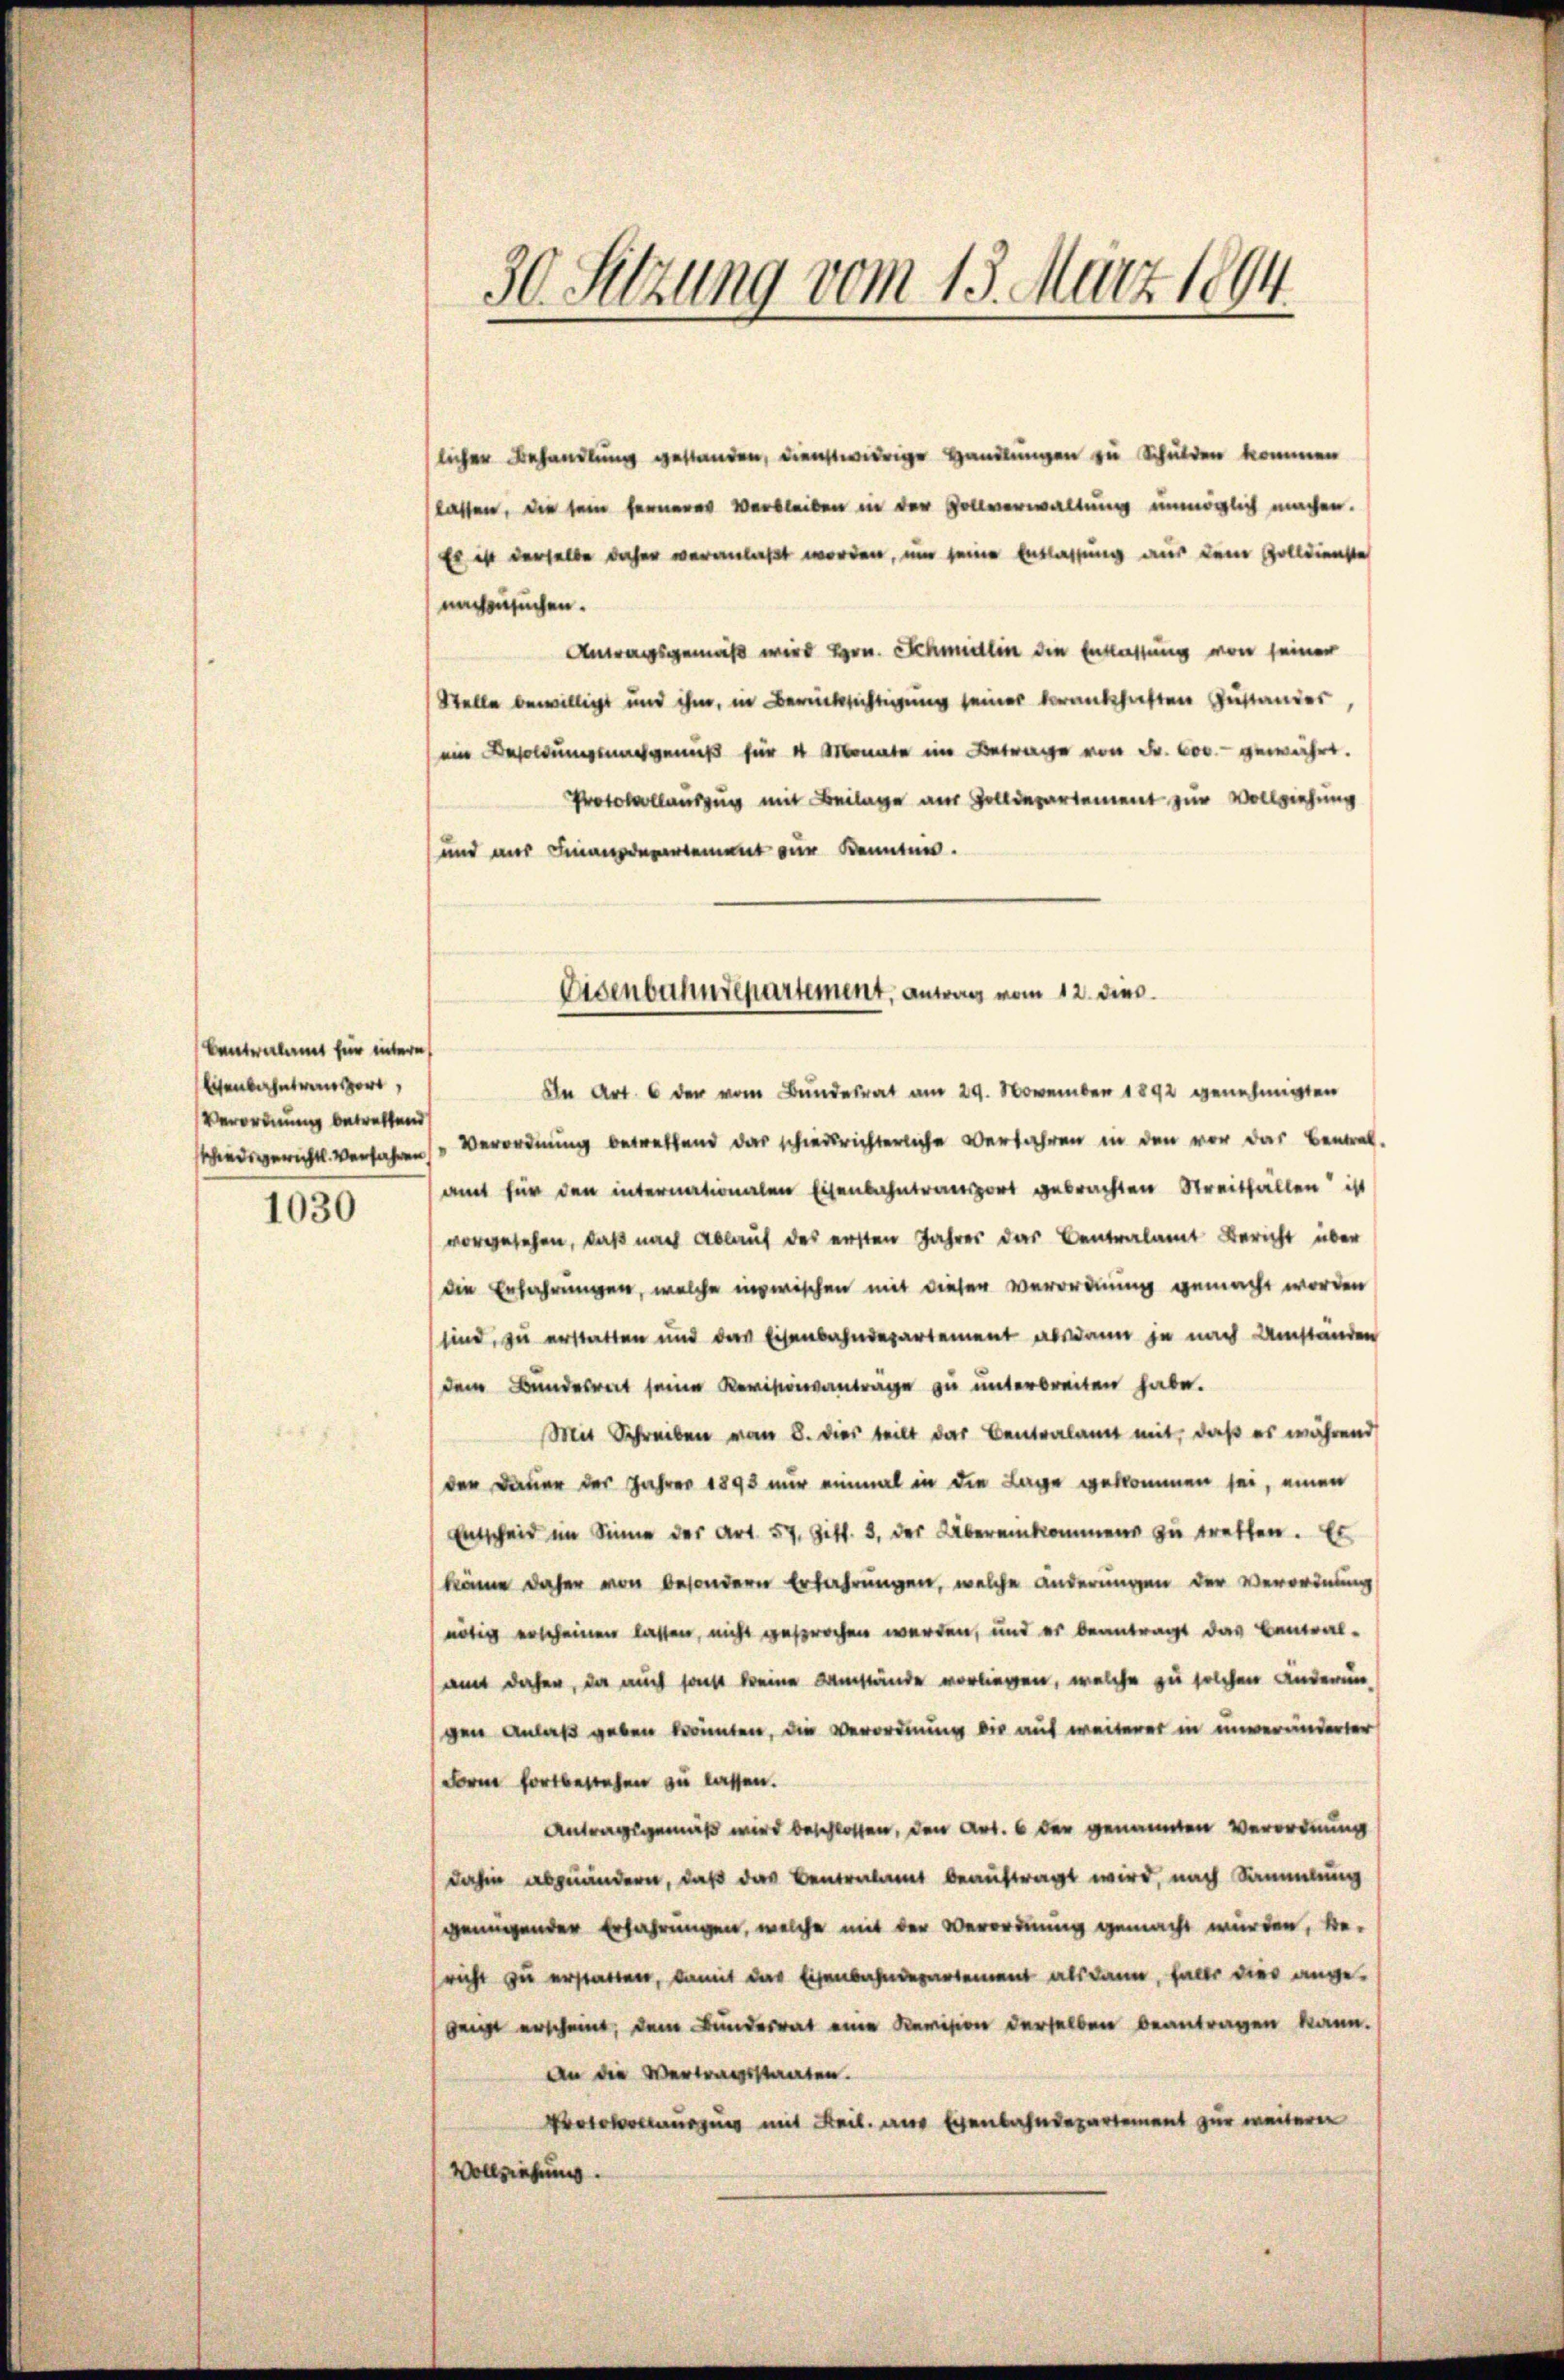
Centralamt für intern
Eisenbahntransport,
Verordnung betreffend
schiedsgerichtl. Verfahren

1030

30. Sitzung vom 13. März 1894.

licher Behandlung gestanden, dienstwidrige Handlungen zu Schulden kommen
lassen, die sein ferneres Verbleiben in der Zollverwaltung unmöglich machen.
Es ist derselbe daher veranlaßt worden, um seine Entlassung aus dem Golldienste
nachzusuchen.
Antragsgemäß wird Hrn. Schmidlin die Entlassung von seiner
Stelle bewilligt und ihm, in Berücksichtigung seiner veranschaften Zustander
ein Besoldung nachgenuß für 4 Monate im Betrage von Fr. 600.- gewährt.
Protokollauszug mit Beilage aus Zolldepartement zur Vollziehung
und aus Finanzdepartement zur Kennten.

Eisenbahndepartement, antag vom 12. dies

In Art. 6 der vom Bundesrat am 29. November 1892 genehmigten
Verordnung betreffend das schiedsrichterliche Verfahren in den vor das Beneral-
amt für den internationalen Eisenbahntransport gebrachten Streitfällen ist
vorgesehen, daß nach Ablauf des ersten Jahres das Centralamt Bericht über
die Erfahrungen, welche inzwischen mit dieser Verordnung gemacht worden,
sind, zu erstatten und das Eisenbahndepartement alsdann ja nach Umständen
dem Bundesrat seine Revisionsantrage zu unterbreiten habe.
Mit Schreiben vom 8. dies teilt das Centralamt mit, daß es während
der Dauer der Jahres 1893 nur einmal in die Lage gekommen sei, einen
Entscheid im Sinne der Art. 57. Ziff. 3. der Übereinkommens zu treffen. Es
könne daher von besondern Erfahrungen, welche änderungen der Verordnung
nötig erscheinen lassen, nicht gesprochen werden, und es beantragt das Canal-
am daher, da auch sonst keine Umstände vorliegen, welche zu solchen anderun
gen Anlaß geben könnten, die Verordnung die auf weiterer in unveränderter
Form fortbestehen zu lassen.
Antragsgemäß wird beschlossen, den Art. 6 der genannten Verordnung
dahin abzuändern, daß das Centralamt beauftragt wird, nach Sammlung
genügender Erfahrungen, welche mit der Verordnung gemacht wurden, be-
richt zu erstatten, damit das Eisenbahndepartement alsdann, falls dies ange-
geit erscheint, dem Bundesrat eine Revision derselben beantragen kann.
An die Vertragsstaaten.
Protokollaussung mit Heil am Eisenbahndepartement zur weiteren
Vollziehung.